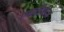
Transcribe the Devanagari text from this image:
एमटीवीज